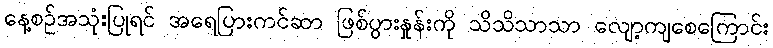
နေ့စဉ်အသုံးပြုရင် အရေပြားကင်ဆာ ဖြစ်ပွားနှုန်းကို သိသိသာသာ လျော့ကျစေကြောင်း